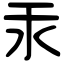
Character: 汞